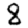
Digit: 8